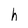
Character: h